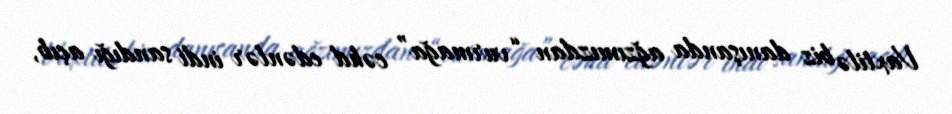
Vaxtilə biz danışanda ağzımızdan “vurmağa” cəhd edənlər indi sandığı açıb,